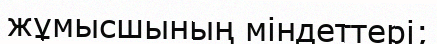
жұмысшының міндеттері;